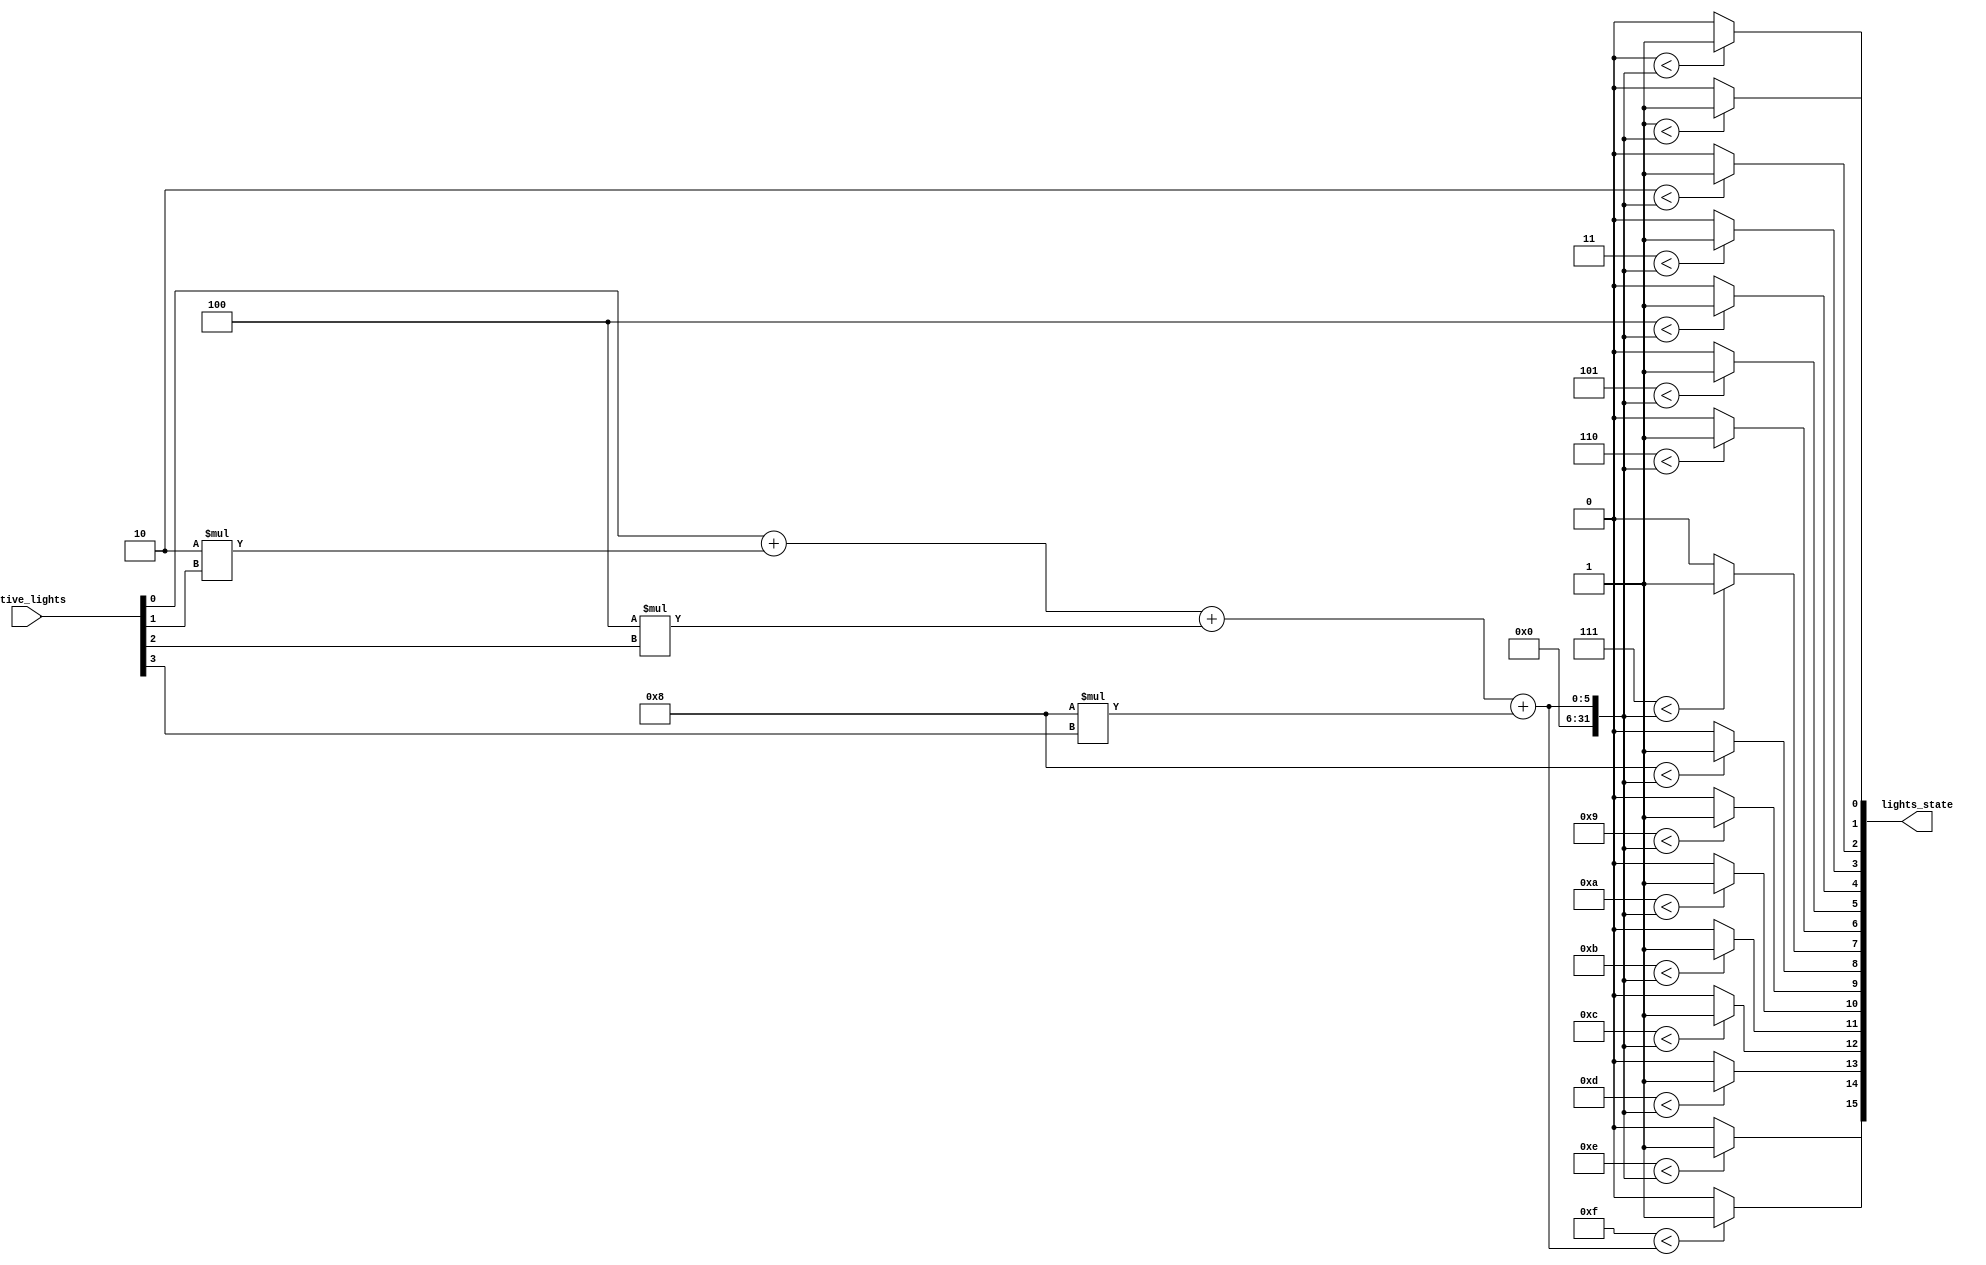
`timescale 1ns / 1ps
/*--  *******************************************************
--  Computer Architecture Course, Laboratory Sources 
--  Amirkabir University of Technology (Tehran Polytechnic)
--  Department of Computer Engineering (CE-AUT)
--  https://ce[dot]aut[dot]ac[dot]ir
--  *******************************************************
--  All Rights reserved (C) 2019-2020
--  *******************************************************
--  Student ID  : 9831023
--  Student Name: Negin Kheirmand
--  Student Mail: neginkheirmand@aut.ac.ir
--  *******************************************************
--  Additional Comments:
--			in contribution to Arvand Darvash
--*/

/*-----------------------------------------------------------
---  Module Name: Active Lights
---  Description: Module4: LampState IC
-----------------------------------------------------------*/

module LampState (
	input  [ 3:0] active_lights , // number of active light
	output [15:0] lights_state    // state of lights is on
);
			assign lights_state[0] = ( 0 < active_lights[0]+ 2*active_lights[1]+ 4*active_lights[2]+ 8*active_lights[3] )  ? 1'b1  : 1'b0;
			assign lights_state[1] = ( 1 < active_lights[0]+ 2*active_lights[1]+ 4*active_lights[2]+ 8*active_lights[3] )  ? 1'b1  : 1'b0;
			assign lights_state[2] = ( 2 < active_lights[0]+ 2*active_lights[1]+ 4*active_lights[2]+ 8*active_lights[3] )  ? 1'b1  : 1'b0;
			assign lights_state[3] = ( 3 < active_lights[0]+ 2*active_lights[1]+ 4*active_lights[2]+ 8*active_lights[3] )  ? 1'b1  : 1'b0;
			assign lights_state[4] = ( 4 < active_lights[0]+ 2*active_lights[1]+ 4*active_lights[2]+ 8*active_lights[3] )  ? 1'b1  : 1'b0;
			assign lights_state[5] = ( 5 < active_lights[0]+ 2*active_lights[1]+ 4*active_lights[2]+ 8*active_lights[3] )  ? 1'b1  : 1'b0;
			assign lights_state[6] = ( 6 < active_lights[0]+ 2*active_lights[1]+ 4*active_lights[2]+ 8*active_lights[3] )  ? 1'b1  : 1'b0;
			assign lights_state[7] = ( 7 < active_lights[0]+ 2*active_lights[1]+ 4*active_lights[2]+ 8*active_lights[3] )  ? 1'b1  : 1'b0;
			assign lights_state[8] = ( 8 < active_lights[0]+ 2*active_lights[1]+ 4*active_lights[2]+ 8*active_lights[3] )  ? 1'b1  : 1'b0;
			assign lights_state[9] = ( 9 < active_lights[0]+ 2*active_lights[1]+ 4*active_lights[2]+ 8*active_lights[3] )  ? 1'b1  : 1'b0;
			assign lights_state[10] = ( 10 < active_lights[0]+ 2*active_lights[1]+ 4*active_lights[2]+ 8*active_lights[3] )  ? 1'b1  : 1'b0;
			assign lights_state[11] = ( 11 < active_lights[0]+ 2*active_lights[1]+ 4*active_lights[2]+ 8*active_lights[3] )  ? 1'b1  : 1'b0;
			assign lights_state[12] = ( 12 < active_lights[0]+ 2*active_lights[1]+ 4*active_lights[2]+ 8*active_lights[3] )  ? 1'b1  : 1'b0;
			assign lights_state[13] = ( 13 < active_lights[0]+ 2*active_lights[1]+ 4*active_lights[2]+ 8*active_lights[3] )  ? 1'b1  : 1'b0;
			assign lights_state[14] = ( 14 < active_lights[0]+ 2*active_lights[1]+ 4*active_lights[2]+ 8*active_lights[3] )  ? 1'b1  : 1'b0;
			assign lights_state[15] = ( 15 < active_lights[0]+ 2*active_lights[1]+ 4*active_lights[2]+ 8*active_lights[3] )  ? 1'b1  : 1'b0;
			
		
	
endmodule